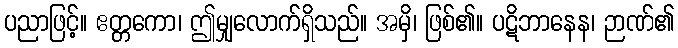
ပညာဖြင့်။ ဧတ္တကော၊ ဤမျှလောက်ရှိသည်။ အမှိ၊ ဖြစ်၏။ ပဋိဘာနေန၊ ဉာဏ်၏